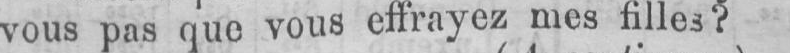
vous pas que vous effrayez mes filles?